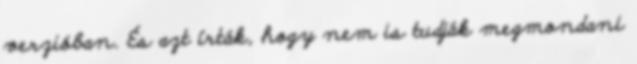
verzióban. És azt írták, hogy nem is tudják megmondani